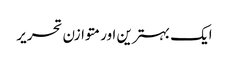
ایک بہترین اور متوازن تحریر